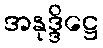
အနုဒ္ဒိဋ္ဌေ